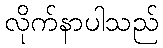
လိုက်နာပါသည်